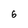
Character: 6